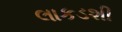
લાકડશી